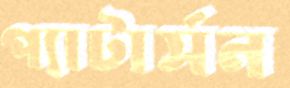
প্যাটার্সন